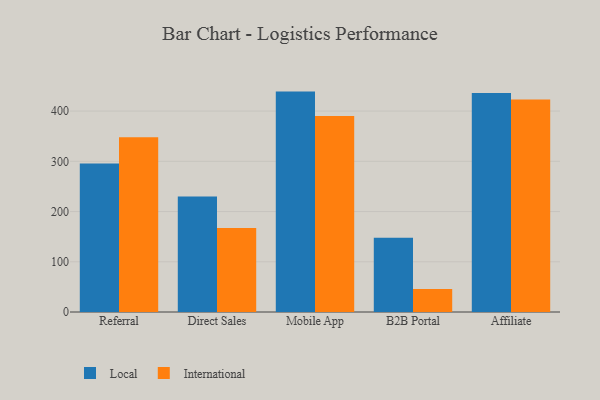
{"axis": {"x": "Channel", "y": "Revenue (USD Million)"}, "legend": ["International", "Local"], "data": [{"x": "Referral", "y": 295.5, "type": "Local"}, {"x": "Referral", "y": 347.9, "type": "International"}, {"x": "Direct Sales", "y": 230.1, "type": "Local"}, {"x": "Direct Sales", "y": 167.3, "type": "International"}, {"x": "Mobile App", "y": 438.8, "type": "Local"}, {"x": "Mobile App", "y": 390.0, "type": "International"}, {"x": "B2B Portal", "y": 147.6, "type": "Local"}, {"x": "B2B Portal", "y": 45.7, "type": "International"}, {"x": "Affiliate", "y": 435.9, "type": "Local"}, {"x": "Affiliate", "y": 423.2, "type": "International"}]}